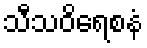
သီသဝိရေစနံ